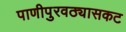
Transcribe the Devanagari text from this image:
पाणीपुरवठ्यासकट